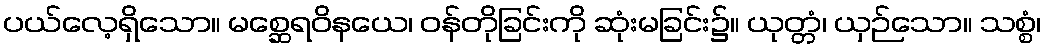
ပယ်လေ့ရှိသော။ မစ္ဆေရဝိနယေ၊ ဝန်တိုခြင်းကို ဆုံးမခြင်း၌။ ယုတ္တံ၊ ယှဉ်သော။ သစ္စံ၊